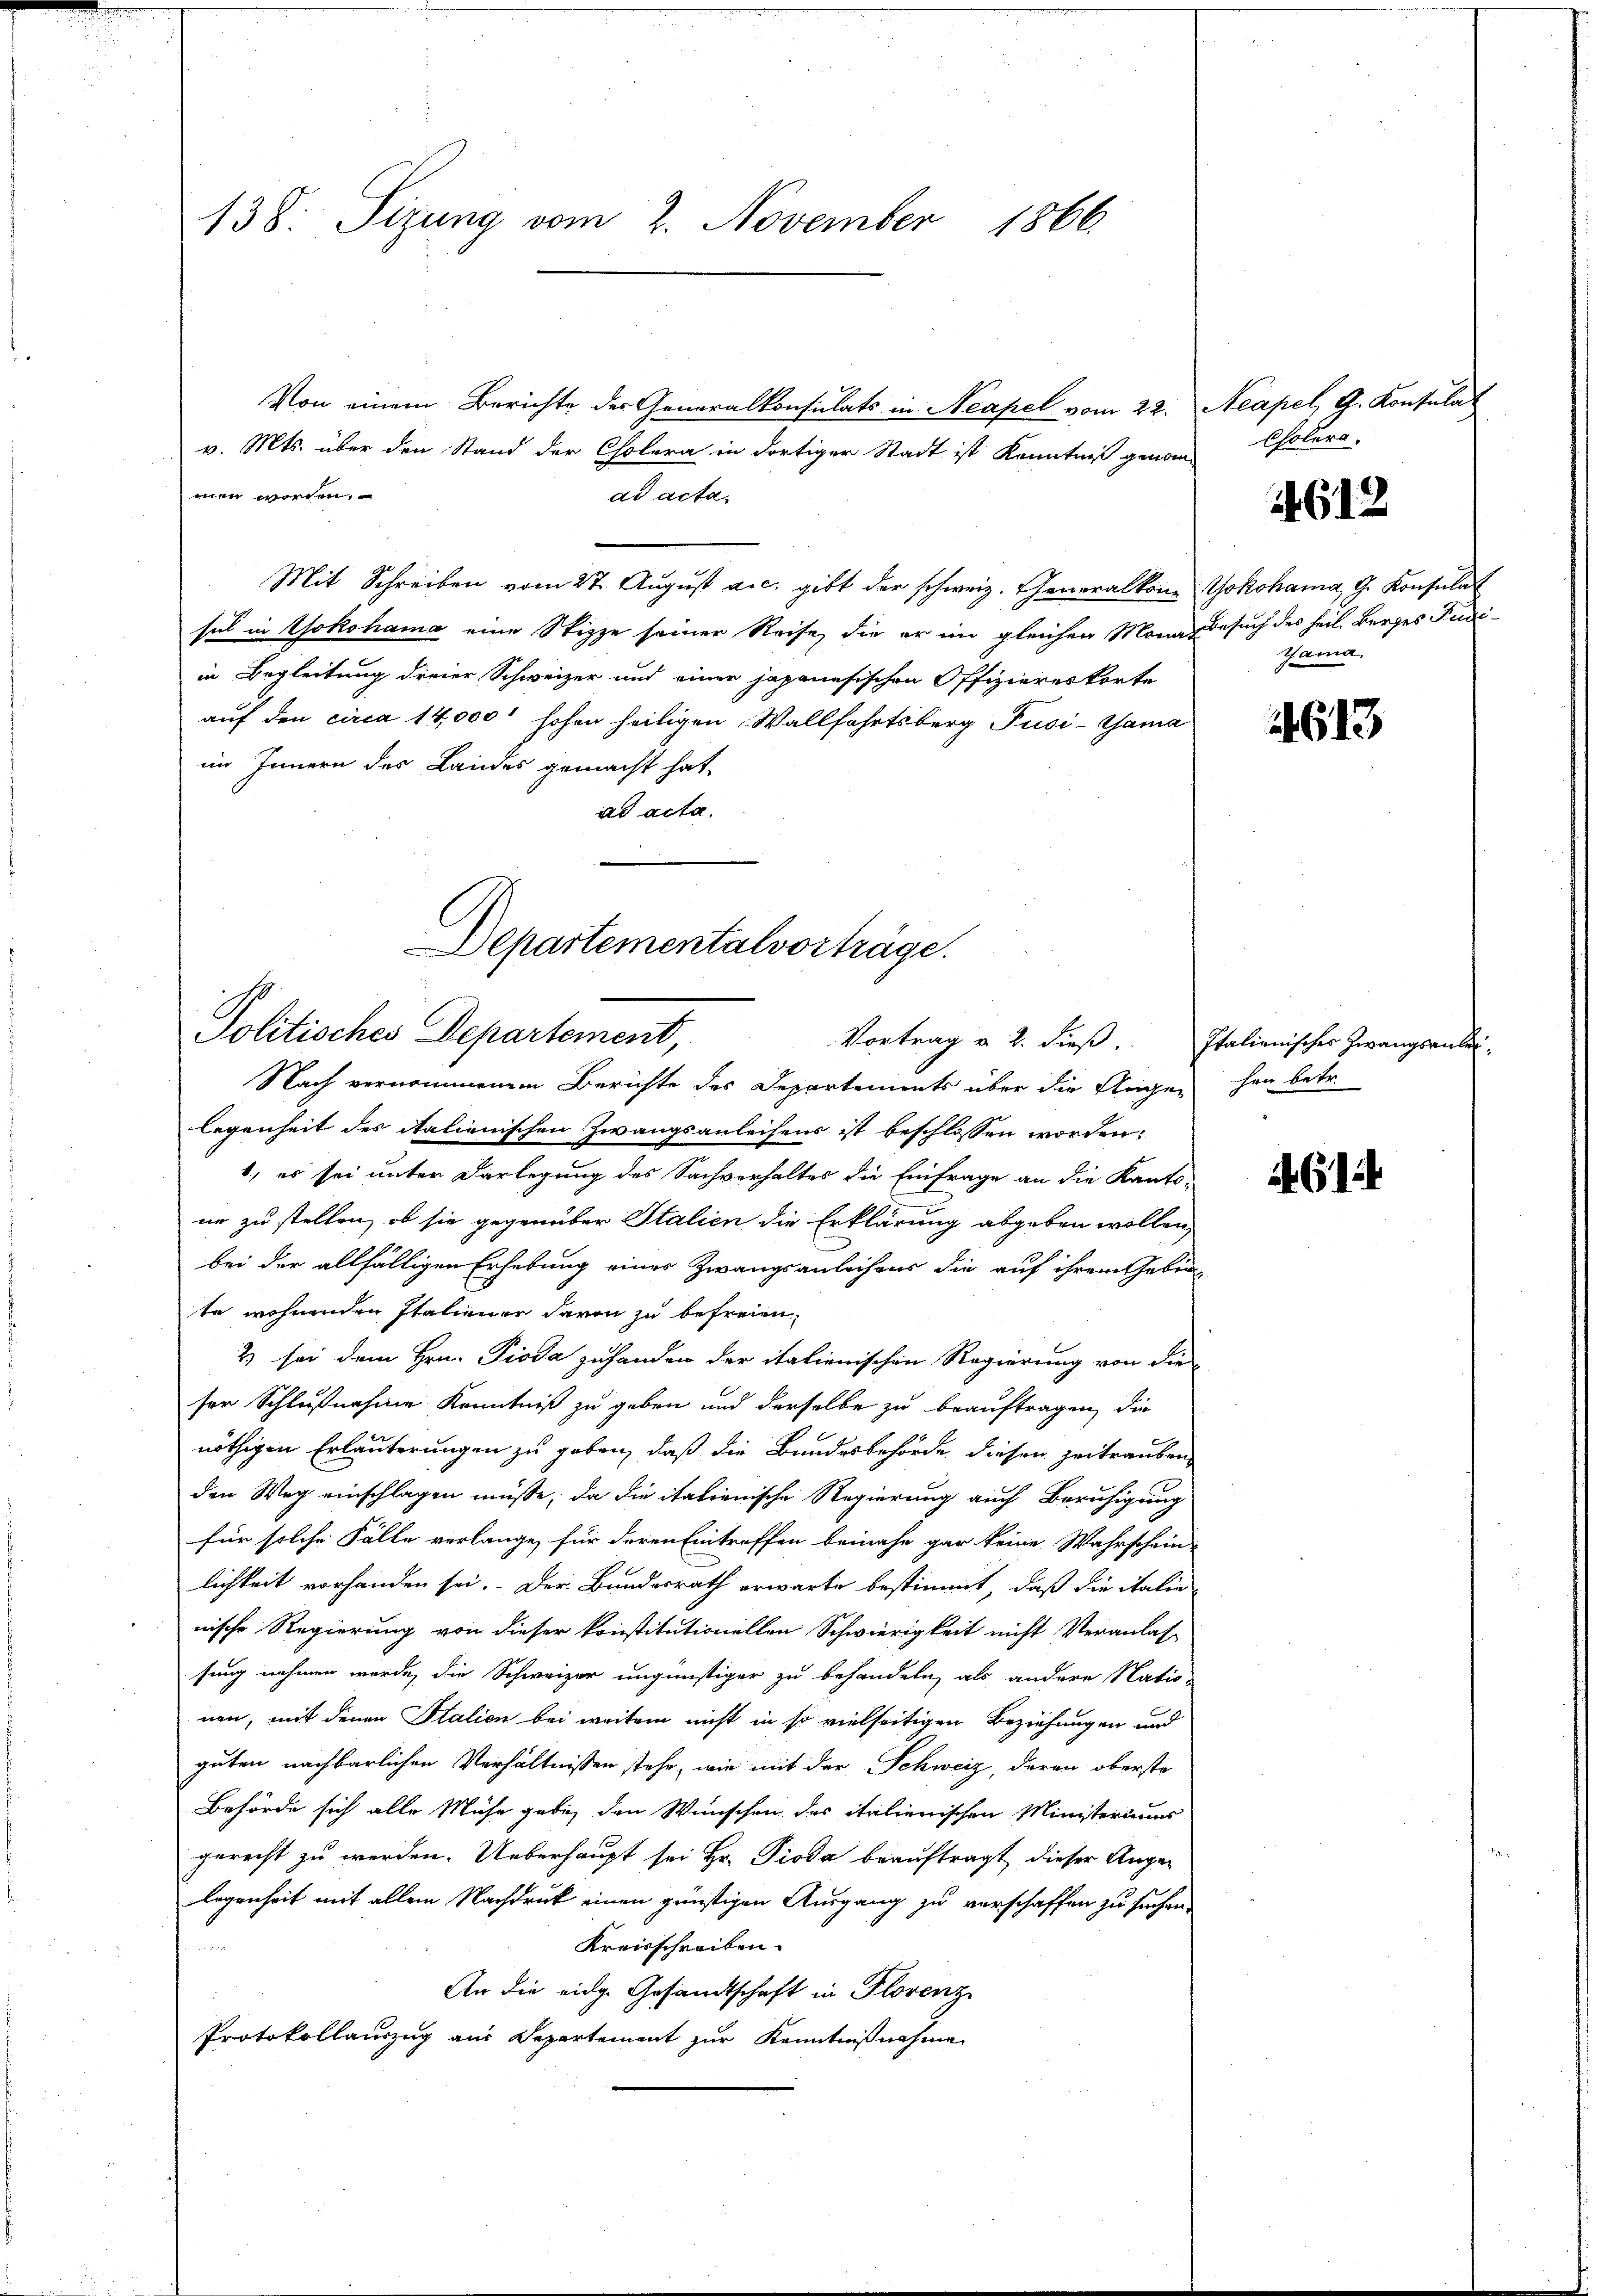
138. Sizung vom 2. November 1866.

Von einem Berichte der Generalkonsulats in Neapel vom 22.
v. Mts. über den Stand der Cholera in dortiger Stadt ist Kenntniß genom-
men worden,
ad acta
Mit Schreiben vom 27. Aŭgŭst a.c. gibt der schweiz. Generalkon Yokohama, G. Konsulat
sel in Yokohama eine Stizze seiner Reise, die er im gleichen Mann Besuch des heil. Berges Pudi-
in Begleitung dreier Schweizer und einer japanesischen Offizieres korte
auf den circa 14,000' hohen heiligen Wallfahrtsberg Puci-Gama
im Innern des Landes gemacht hat,
ad acta.

Departementalvorträge.
Politisches Departement,
Vortrag v. 2. dieß.

Neapel, G. Konsulat
Cholera.

Nach vernommenem Berichte des Departements über die Augen her betr.
legenheit des italienischen Zwangsanleihens ist beschlossen worden,
1., es sei unter Darlegung des Sachverhaltes die Einfrage an die Kanto
ne zu stellen, ob sie gegenüber Italien die Erklärung abgeben wollen,
bei der allfälligen Erhebung eines Zwangsanleiheur die auf ihrem Gebir-
te wohnenden Italiener darin zu befreien,
2 sei dem Hrn. Pioda zuhanden der italienischen Regierung von die
ser Schlußnahme Kenntniß zu geben und derselbe zu beauftragen, die
nöthigen Erläuterungen zu geben, daß die Bundesbehörde diesen zeitrauben
den Weg einschlagen müsse, da die italienische Regierung auch Beruhigung
für solche Fälle verlange, für deren Eintreffen beinahe gar keine Wahrschein
lichkeit vorhanden sei. Der Bundesrath erwarte bestimmt, daß die italie
nische Regierung von dieser konstitutionellen Schwierigkeit nicht Veranlas-
sung nehmen werde, die Schweizer ungünstiger zu behandeln, als andere Natio-
nen, mit denen Station bei weitem nicht in so vielseitigen Beziehungen und
guten nachbarlichen Verhältnissen stehe, wie mit der Schweiz, deren oberste
Behörde sich alle Mühe gabe, den Wünschen des italienischen Ministeriums
gerecht zu werden. Ueberhaupt sei Hr. Pioda beauftragt, dieser Angelegenheit mit allem Nachdruck einen günstigen Ausgang zu verschaffen zu suchen,
Kreisschreiben.
An die eidge Gesandtschaft in Florenz
Protokollauszug aus Departement zur Kenntnißnahme

612

Gama

14613

Italienisches Zwangsan

4612